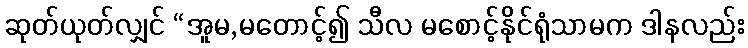
ဆုတ်ယုတ်လျှင် “အူမ,မတောင့်၍ သီလ မစောင့်နိုင်ရုံသာမက ဒါနလည်း